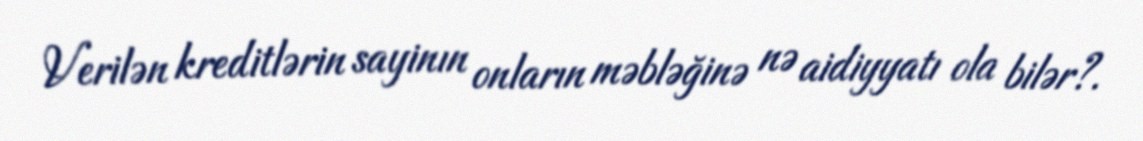
Verilən kreditlərin sayinın onların məbləğinə nə aidiyyatı ola bilər?.